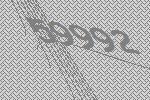
59992